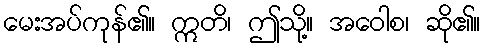
မေးအပ်ကုန်၏။ ဣတိ၊ ဤသို့။ အဝေါစ၊ ဆို၏။